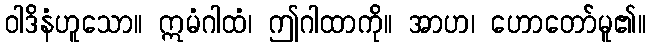
ဝါဒိနံဟူသော။ ဣမံဂါထံ၊ ဤဂါထာကို။ အာဟ၊ ဟောတော်မူ၏။